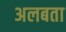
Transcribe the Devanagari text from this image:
अलबता